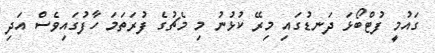
ގައުމީ ފުޓްބޯޅަ ދަނޑުގައި މިރޭ ކުޅުނު މި މެޗުގެ ފުރަތަމަ ހާފުގައިވެސް އަދި